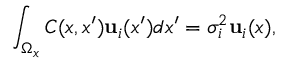
\int _ { \Omega _ { x } } C ( x , x ^ { \prime } ) { \mathbf { u } } _ { i } ( x ^ { \prime } ) d x ^ { \prime } = \sigma _ { i } ^ { 2 } { \mathbf { u } } _ { i } ( x ) ,